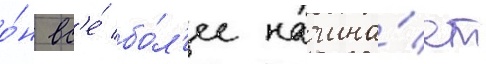
о́н вс'е́ бо́л'ее начина́ет